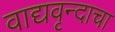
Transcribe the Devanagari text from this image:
वाद्यवृन्दाचा